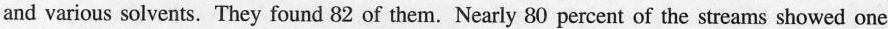
and various solvents.They found 82 of them.Nearly 80 percent of the streams showed one